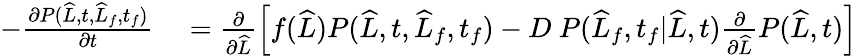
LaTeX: \begin{array}{rl}{-\frac{\partial P(\widehat{L},t,\widehat{L}_{f},t_{f})}{\partial t}}&{{}=\frac{\partial}{\partial\widehat{L}}\left[f(\widehat{L})P(\widehat{L},t,\widehat{L}_{f},t_{f})-D\ P(\widehat{L}_{f},t_{f}|\widehat{L},t)\frac{\partial}{\partial\widehat{L}}P(\widehat{L},t)\right]}\end{array}